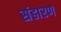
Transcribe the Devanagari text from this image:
संहारण